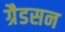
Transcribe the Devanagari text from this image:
ग्रैडसन